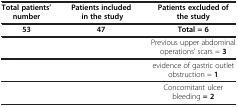
| Total patients’ number | Patients included in the study | Patients excluded of the study |
 | --- | --- | --- |
 | 53 | 47 | Total = 6 |
 |  |  | Previous upper abdominal operations’ scars = 3 |
 |  |  | evidence of gastric outlet obstruction = 1 |
 |  |  | Concomitant ulcer bleeding = 2 |